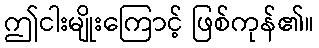
ဤငါးမျိုးကြောင့် ဖြစ်ကုန်၏။